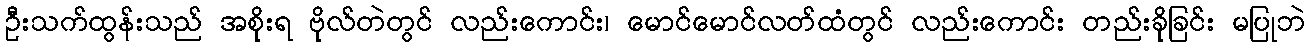
ဦးသက်ထွန်းသည် အစိုးရ ဗိုလ်တဲတွင် လည်းကောင်း၊ မောင်မောင်လတ်ထံတွင် လည်းကောင်း တည်းခိုခြင်း မပြုဘဲ